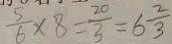
\frac { 5 } { 6 } \times 8 = \frac { 2 0 } { 3 } = 6 \frac { 2 } { 3 }